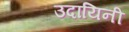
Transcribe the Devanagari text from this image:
उदायिनी